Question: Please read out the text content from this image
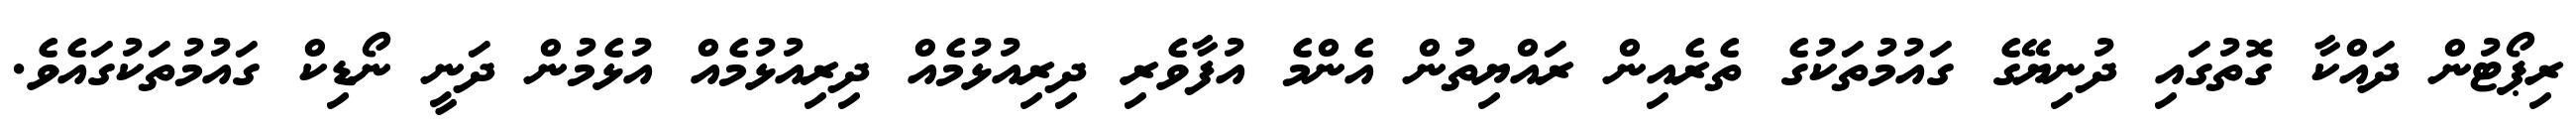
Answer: ރިޕޯޓުން ދައްކާ ގޮތުގައި ދުނިޔޭގެ ގައުމުތަކުގެ ތެރެއިން ރައްޔިތުން އެންމެ އުފާވެރި ދިރިއުޅުމެއް ދިރިއުޅުމެއް އުޅެމުން ދަނީ ނޯޑިކް ގައުމުތަކުގައެވެ.